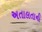
અતાલતાની